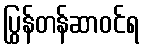
ပြွန်တန်ဆာဝင်ရ